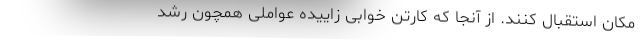
مکان استقبال کنند. از آنجا که کارتن خوابی زاییده عواملی همچون رشد